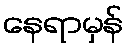
နေရာမှန်